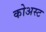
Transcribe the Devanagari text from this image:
कोअस्ट